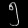
Digit: ၅